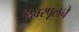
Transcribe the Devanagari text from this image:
लिवरपूलचे